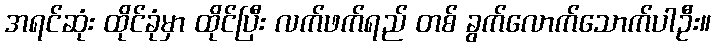
အရင်ဆုံး ထိုင်ခုံမှာ ထိုင်ပြီး လက်ဖက်ရည် တစ် ခွက်လောက်သောက်ပါဦး။